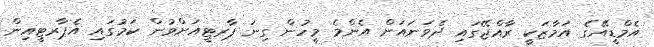
އެމްޑީއޭގެ އަމާޒަކީ ރާއްޖޭގައި ދެވަނައަށް އެންމެ މީހުން ގިނަ ޕާރޓީއަށްވުން ކަމުގައި އެޕާރޓީއިން